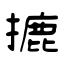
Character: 摝